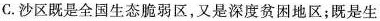
C.沙区既是全国生态脆弱区，又是深度贫困地区；既是生